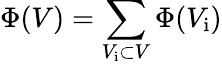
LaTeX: \Phi(V)=\sum_{V_{\mathrm{i}}\subset V}\Phi(V_{\mathrm{i}})